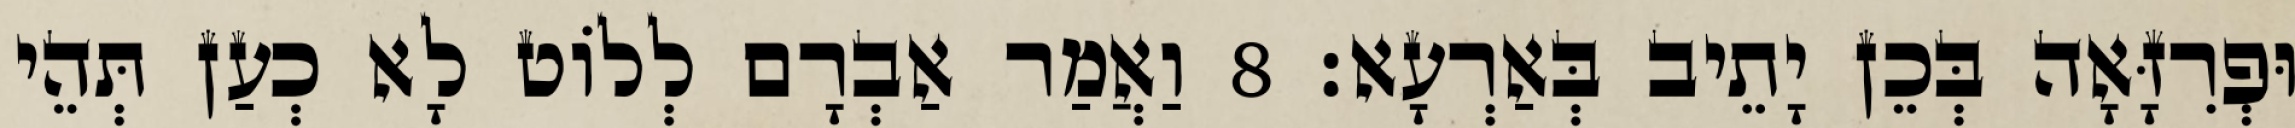
וּפְרִזָּאָה בְּכֵן יָתֵיב בְּאַרְעָא׃ 8 וַאֲמַר אַבְרָם לְלוֹט לָא כְעַן תְּהֵי